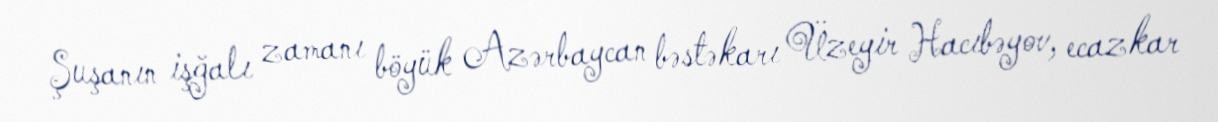
Şuşanın işğalı zamanı böyük Azərbaycan bəstəkarı Üzeyir Hacıbəyov, ecazkar